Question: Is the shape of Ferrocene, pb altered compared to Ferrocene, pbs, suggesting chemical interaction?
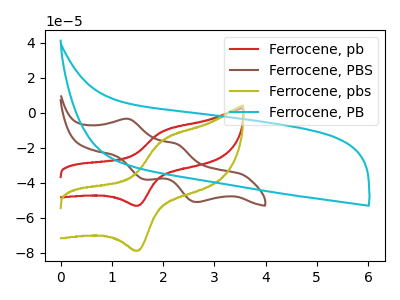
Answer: <think>The red curve "Ferrocene, pb" has an anodic peak at (2.00V, -10.45uA) and a cathodic peak at (1.55V, -52.95uA). The brown curve "Ferrocene, PBS" has anodic peaks at (1.35V, -3.45uA) (2.25V, -17.75uA) and cathodic peaks at (1.65V, -38.00uA) (2.65V, -51.05uA). The olive curve "Ferrocene, pbs" has an anodic peak at (2.00V, -15.55uA) and a cathodic peak at (1.55V, -78.60uA). The cyan curve "Ferrocene, PB" has no peaks.
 All the peaks in "Ferrocene, pb" have a peak in "Ferrocene, pbs" at the same potential.</think>
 <answer>No, "Ferrocene, pb" and "Ferrocene, pbs" don't appear to be significantly different in shape</answer>
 <eval>no_change</eval>